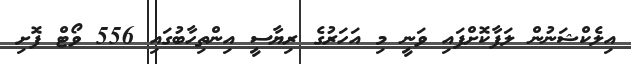
އިލެކްޝަނުން ލަފާކޮށްފައި ވަނީ މި އަހަރުގެ ރިޔާސީ އިންތިހާބުގައި 556 ވޯޓް ފޮށި